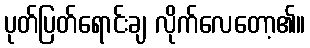
ပုတ်ပြတ်ရောင်းချ လိုက်လေတော့၏။